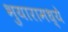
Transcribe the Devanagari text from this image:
भुयारामध्ये